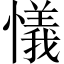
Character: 𢣂